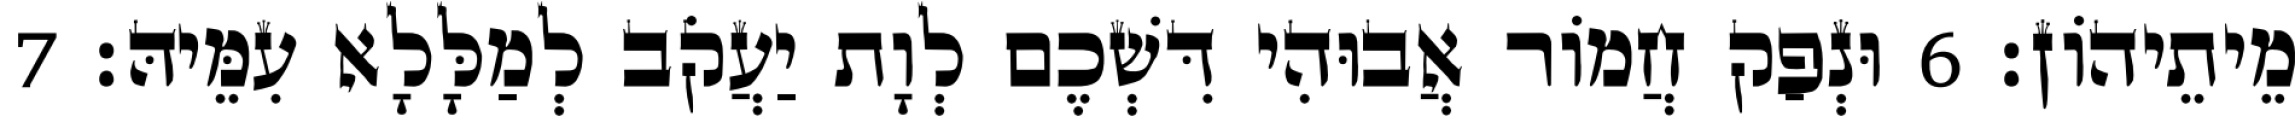
מֵיתֵיהוֹן׃ 6 וּנְפַק חֲמוֹר אֲבוּהִי דִּשְׁכֶם לְוָת יַעֲקֹב לְמַלָּלָא עִמֵּיהּ׃ 7